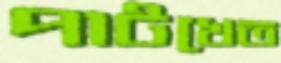
পাটখেত